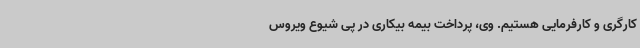
کارگری و کارفرمایی هستیم. وی، پرداخت بیمه بیکاری در پی شیوع ویروس